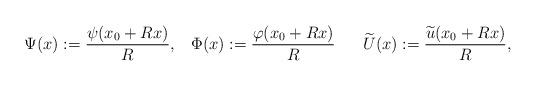
LaTeX: \begin{align*}\Psi(x):=\frac{\psi(x_{0}+Rx)}{R},\;\;\;\Phi(x):=\frac{\varphi(x_{0}+Rx)}{R}\;\;\;\;\;\;\widetilde{U}(x):=\frac{\widetilde{u}(x_{0}+Rx)}{R}, \end{align*}